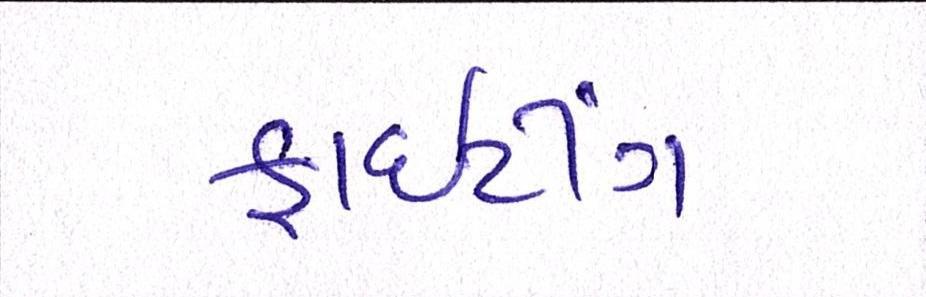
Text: ફાઈટીંગ